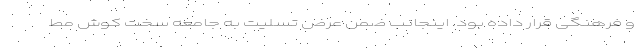
و فرهنگی قرار داده بود. اینجانب ضمن عرض تسلیت به جامعه سخت کوش مط